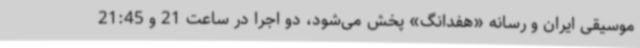
موسیقی ایران و رسانه «هفدانگ» پخش می‌شود، دو اجرا در ساعت 21 و 21:45